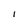
Character: I